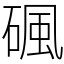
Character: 碸